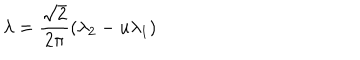
\lambda = \frac { \sqrt 2 } { 2 \pi } ( \lambda _ { 2 } - u \lambda _ { 1 } )